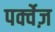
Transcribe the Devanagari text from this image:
पर्क्वेज़